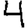
Digit: 4